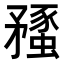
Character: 𥎔